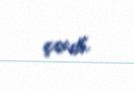
çıxıb.